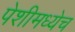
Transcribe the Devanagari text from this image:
पेशीमध्येच